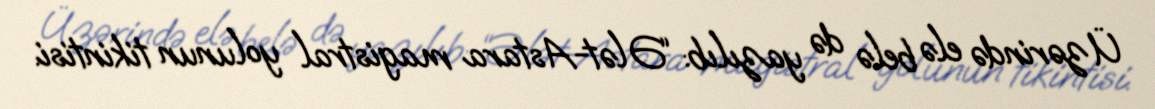
Üzərində elə belə də yazılıb: “Ələt-Astara magistral yolunun tikintisi.